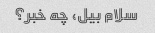
سلام بیل، چه خبر؟